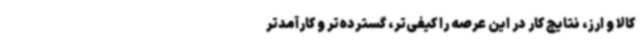
کالا و ارز، نتایج کار در این عرصه را کیفی‌تر، گسترده‌تر و کارآمدتر